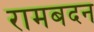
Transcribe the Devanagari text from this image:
रामबदन